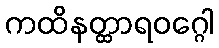
ကထိနတ္ထာရဝဂ္ဂေါ